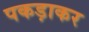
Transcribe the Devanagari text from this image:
पकड़ाकर